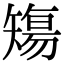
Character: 𥏻